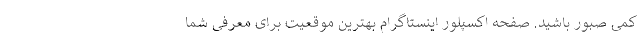
کمی صبور باشید. صفحه اکسپلور اینستاگرام بهترین موقعیت برای معرفی شما